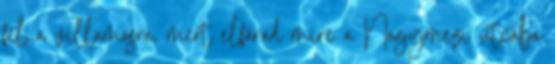
fel a villamosra, mert elfárad mire a Nagymezı utcába